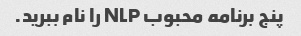
پنج برنامه محبوب NLP را نام ببرید.